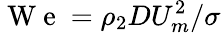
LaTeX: \displaystyle\mathrm{~W~e~}=\rho_{2}DU_{m}^{2}/\sigma